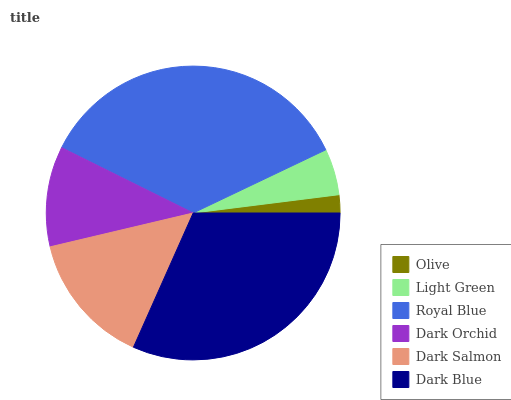
| Olive | Light Green | Royal Blue | Dark Orchid | Dark Salmon | Dark Blue |
 | --- | --- | --- | --- | --- | --- |
 | 1.99% | 5.09% | 35.6% | 11% | 14.6% | 31.6% |